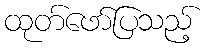
ထုတ်ဖော်ပြသည့်